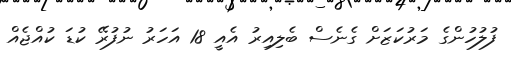
ފުލުހުންގެ މަރުކަޒަށް ގެނެސް ބެލިއިރު އެއީ 18 އަހަރު ނުފުރޭ ކުޑަ ކުއްޖެއް